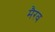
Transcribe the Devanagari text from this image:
मैरव